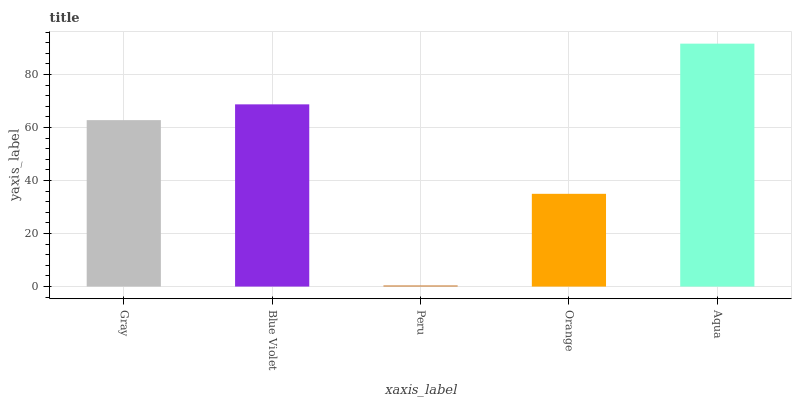
| xaxis_label | bars |
 | --- | --- |
 | Gray | 62.8 |
 | Blue Violet | 68.8 |
 | Peru | 0.437 |
 | Orange | 35 |
 | Aqua | 91.7 |